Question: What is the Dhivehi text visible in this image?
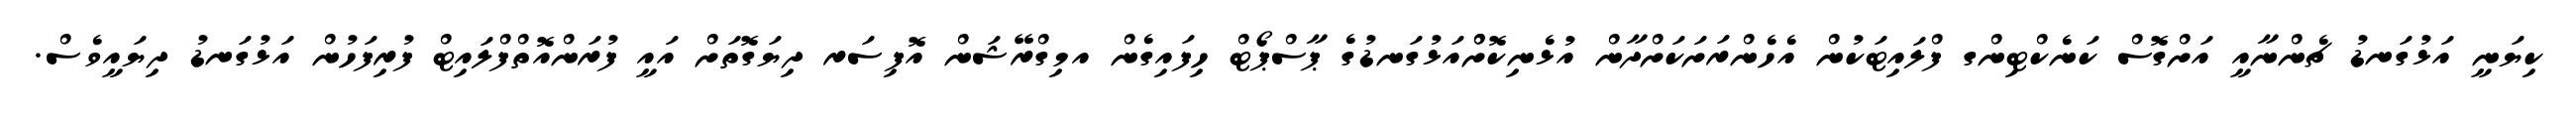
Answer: ކިޔަނީ އަޅުގަނޑު ޗެންނާއީ އަށްގޮސް ކަނެކްޓިންގ ފްލައިޓަކުން އެހެންރަށަކަށްދާން އުޅެނިކޮށްްއަޅުގަނޑުގެ ޕާސްޕޯޓް ހިފައިގެން އމިގްރޭޝަން އޮފިސަރ ދިޔަގޮތަށް އައީ ފުރަންއޮތްފްލައިޓް ފުރިފަހުން އަޅުގަނޑު ދިޔައީވެސް.